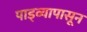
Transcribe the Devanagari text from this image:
पाड्व्यापासून